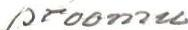
proomu